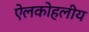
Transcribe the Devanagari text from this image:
ऐलकोहलीय